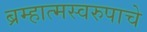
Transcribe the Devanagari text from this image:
ब्रम्हात्मस्वरुपाचे